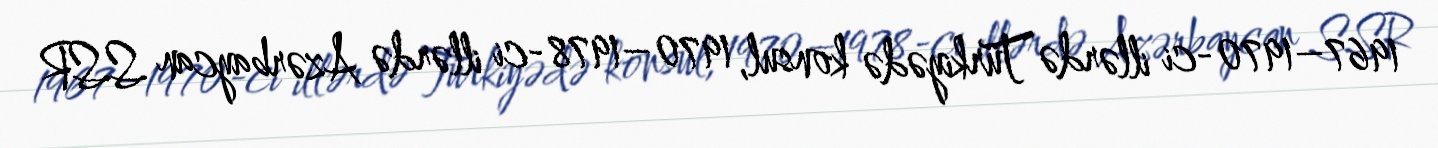
1967–1970-ci illərdə Türkiyədə konsul, 1970–1978-ci illərdə Azərbaycan SSR